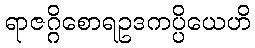
ရာဇဂ္ဂိစောရဥဒကပ္ပိယေဟိ